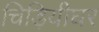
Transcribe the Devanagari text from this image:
चिड़ियीघर